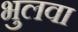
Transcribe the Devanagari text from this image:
भुलवा